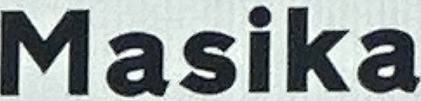
Masika